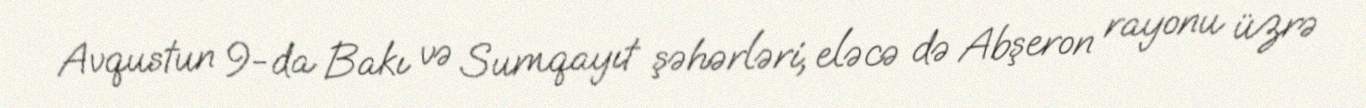
Avqustun 9-da Bakı və Sumqayıt şəhərləri, eləcə də Abşeron rayonu üzrə